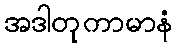
အဒါတုကာမာနံ